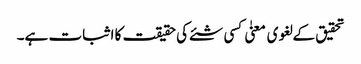
تحقیق کے لغوی معنیٰ کسی شئے کی حقیقت کا اثبات ہے۔